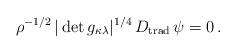
LaTeX: \begin{align*}\rho^{-1/2}\,|\det g_{\kappa\lambda}|^{1/4}\,D_\mathrm{trad}\,\psi=0\,.\end{align*}